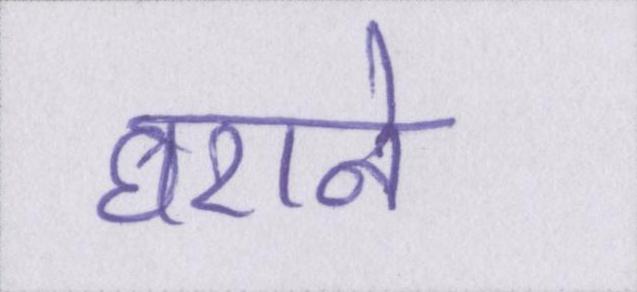
घराने